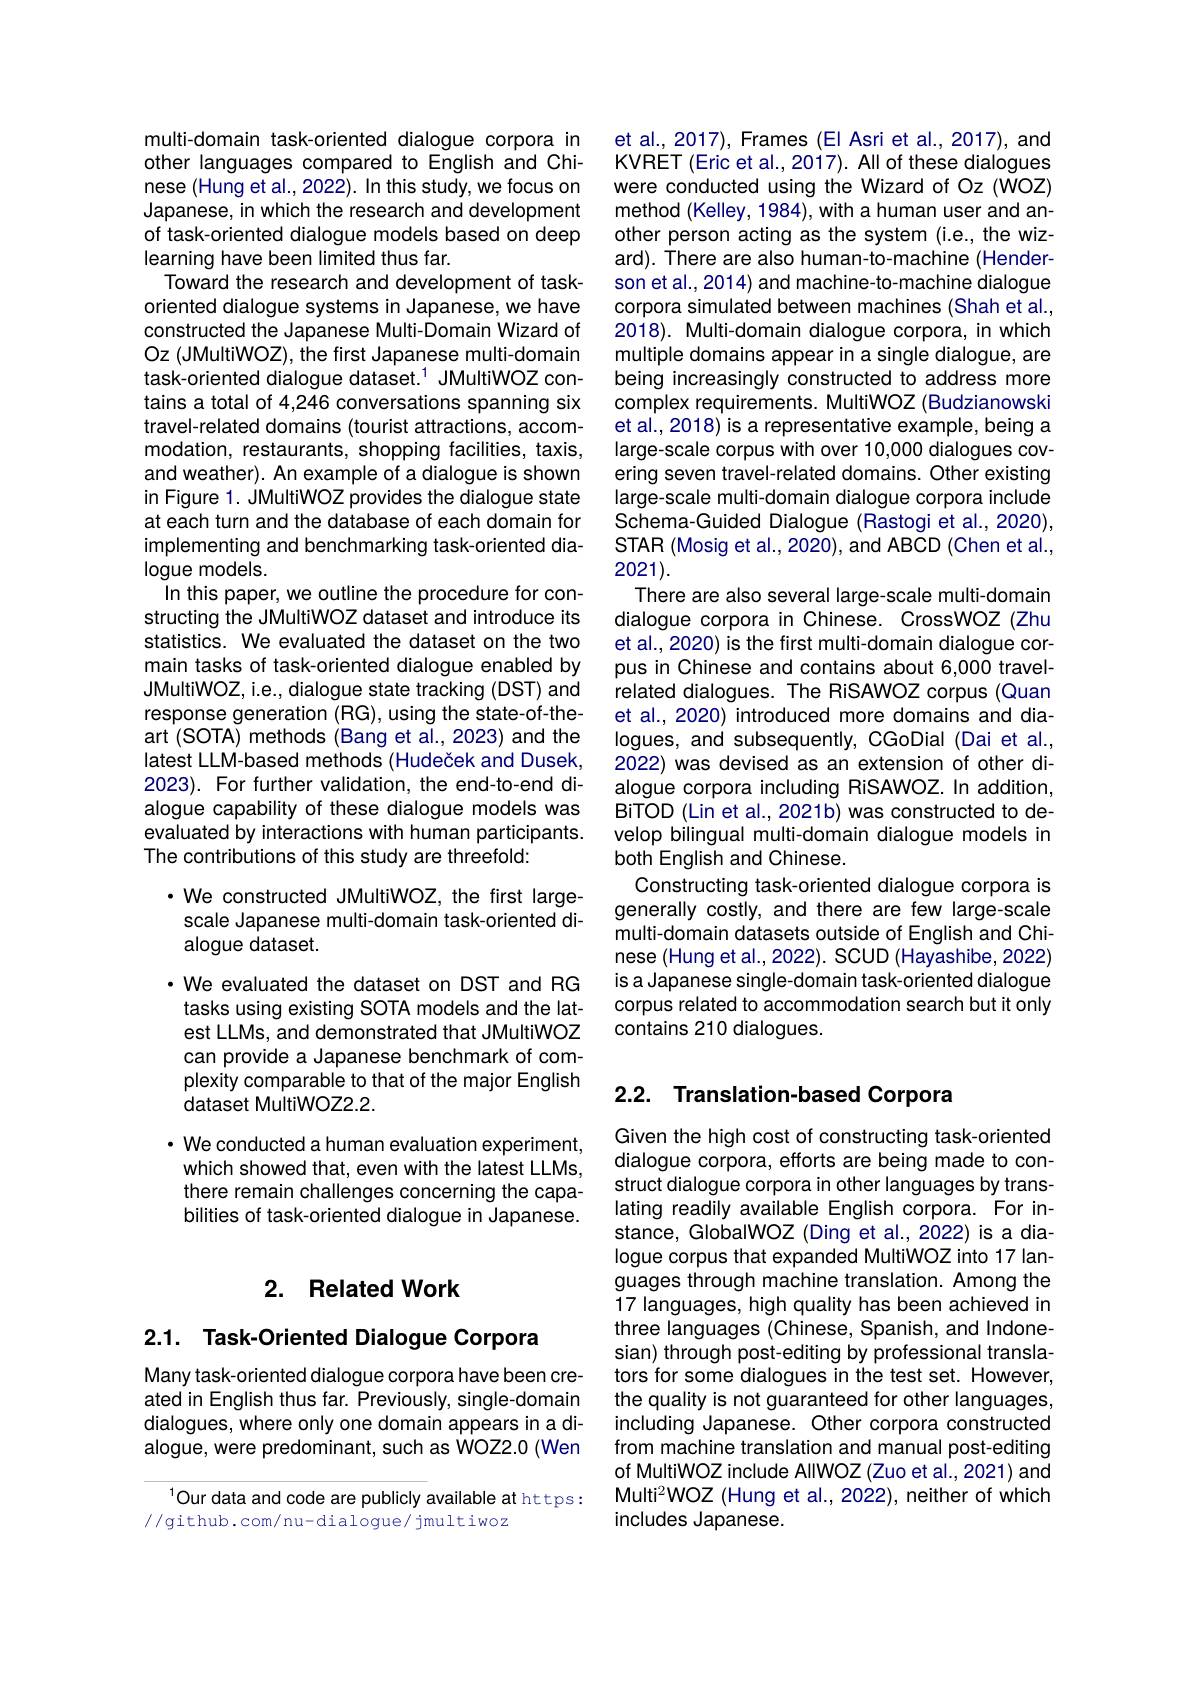
## 2. Related Work

2.1. Task-Oriented Dialogue Corpora

Many task-oriented dialogue corpora have been created in English thus far. Previously, single-domain dialogues, where only one domain appears in a dialogue, were predominant, such as WOZ2.0 (Wen

$^{1}$Our data and code are publicly available at https:
//github.com/nu-dialogue/ jmultiwoz

multi-domain task-oriented dialogue corpora in other languages compared to English and Chinese (Hung et al., 2022). In this study, we focus on Japanese, in which the research and development of task-oriented dialogue models based on deep learning have been limited thus far.
Toward the research and development of taskoriented dialogue systems in Japanese, we have constructed the Japanese Multi-Domain Wizard of Oz (JMultiWOZ), the first Japanese multi-domain task-oriented dialogue dataset.$^{1}$ JMultiWOZ contains a total of 4,246 conversations spanning six travel-related domains (tourist attractions, accommodation, restaurants, shopping facilities, taxis, and weather). An example of a dialogue is shown in Figure 1. JMultiWOZ provides the dialogue state at each turn and the database of each domain for implementing and benchmarking task-oriented dialogue models.
In this paper, we outline the procedure for constructing the JMultiWOZ dataset and introduce its statistics. We evaluated the dataset on the two main tasks of task-oriented dialogue enabled by JMultiWOZ, i.e., dialogue state tracking (DST) and response generation (RG), using the state-of-theart (SOTA) methods (Bang et al.,2023) and the latest LLM-based methods (Hudeček and Dusek, 2023). For further validation, the end-to-end dialogue capability of these dialogue models was evaluated by interactions with human participants. The contributions of this study are threefold:
·We constructed JMultiWOZ, the first large-

scale Japanese multi-domain task-oriented di-
alogue dataset.
·We evaluated the dataset on DST and RG tasks using existing SOTA models and the latest LLMs, and demonstrated that JMultiWOZ can provide a Japanese benchmark of complexity comparable to that of the major English dataset MultiWOZ2.2.
$\cdot$ We conducted a human evaluation experiment, which showed that, even with the latest LLMs, there remain challenges concerning the capabilities of task-oriented dialogue in Japanese.

et al., 2017), Frames (EI Asri et al., 2017), and KVRET (Eric et al., 2017). All of these dialogues were conducted using the Wizard of Oz (WOZ) method (Kelley, 1984), with a human user and another person acting as the system (i.e., the wizard). There are also human-to-machine (Henderson et al., 2014) and machine-to-machine dialogue corpora simulated between machines (Shah et al., 2018). Multi-domain dialogue corpora, in which multiple domains appear in a single dialogue, are being increasingly constructed to address more complex requirements. MultiWOZ (Budzianowski et al., 2018) is a representative example, being a large-scale corpus with over 10,000 dialogues covering seven travel-related domains. Other existing large-scale multi-domain dialogue corpora include Schema-Guided Dialogue (Rastogi et al., 2020), STAR (Mosig et al., 2020), and ABCD (Chen et al., 2021).
There are also several large-scale multi-domain dialogue corpora in Chinese. CrossWOZ (Zhu et al., 2020) is the first multi-domain dialogue corpus in Chinese and contains about 6,000 travelrelated dialogues. The RiSAWOZ corpus (Quan et al., 2020) introduced more domains and dialogues, and subsequently, CGoDial (Dai et al., 2022) was devised as an extension of other dialogue corpora including RiSAWOZ. In addition, BiTOD (Lin et al., 2021b) was constructed to develop bilingual multi-domain dialogue models in both English and Chinese.
Constructing task-oriented dialogue corpora is generally costly, and there are few large-scale multi-domain datasets outside of English and Chinese (Hung et al., 2022). SCUD (Hayashibe, 2022) is a Japanese single-domain task-oriented dialogue corpus related to accommodation search but it only contains 210 dialogues.

# 2.2. Translation-based Corpora

Given the high cost of constructing task-oriented dialogue corpora, efforts are being made to construct dialogue corpora in other languages by translating readily available English corpora. For instance, GlobalWOZ (Ding et al., 2022) is a dialogue corpus that expanded MultiWOZ into 17 languages through machine translation. Among the 17 languages, high quality has been achieved in three languages (Chinese, Spanish, and Indonesian) through post-editing by professional translators for some dialogues in the test set. However, the quality is not guaranteed for other languages, including Japanese. Other corpora constructed from machine translation and manual post-editing of MultiWOZ include AlIWOZ (Zuo et al., 2021) and Multi$^2$WOZ (Hung et al., 2022), neither of which includes Japanese.